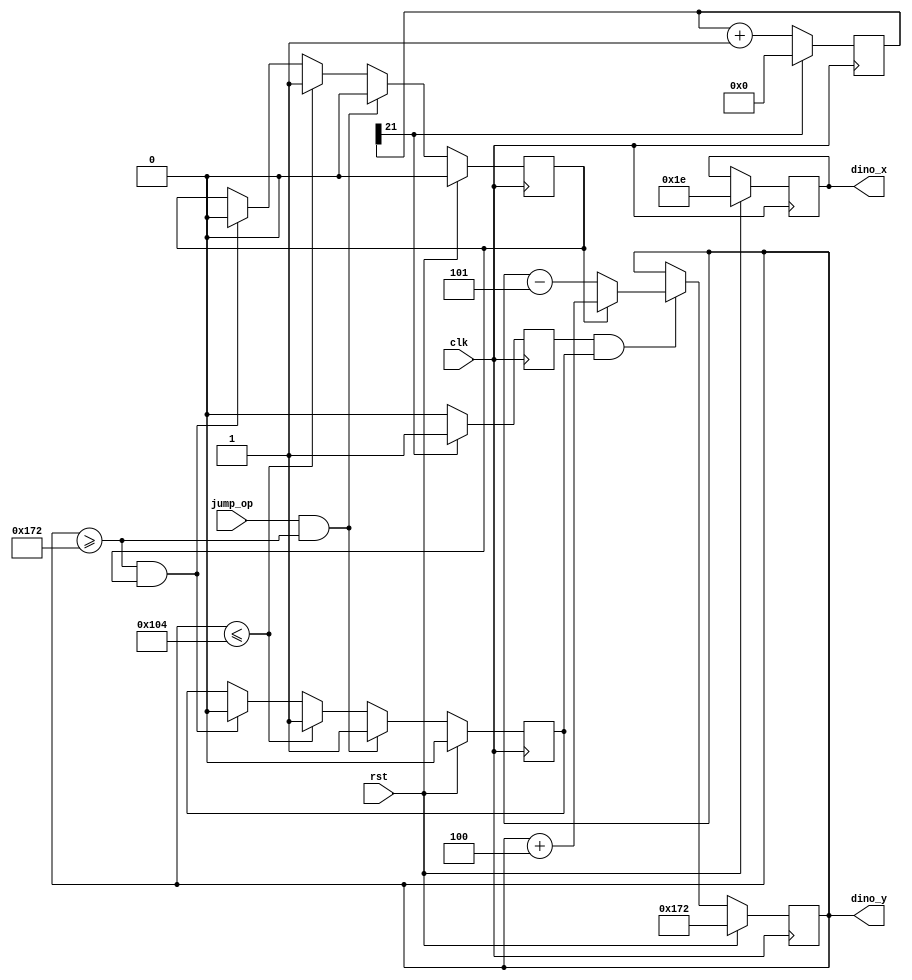
`timescale 1ns / 1ps

module dino (
    input clk,
    input rst,
    input jump_op,
    output reg[9:0]dino_x,
    output reg[9:0]dino_y
    ); 
    parameter minh = 10'd260;
    parameter ground = 10'd370;
    parameter g      = 10'd1;//accelaration
    parameter v_init = 10'd2;
    reg [9:0]next_dino_x,next_dino_y;
    reg [21:0] count;
    reg move;
    reg jump,next_jump;    // whether it's jumping now including falldown
    reg updown,next_updown;

always @(posedge clk) begin
  if(count[21] == 1'b1)begin//update rate of jumping
        move = 1'b1;
        count <= 21'd0;
  end else begin
        move = 1'b0;
        count <= count +1'b1;
  end
end
  
always @(posedge clk)begin
    if(rst)begin
        updown <=  1'b0;
        jump   <=  1'b0;
        dino_x <=  10'd30;
        dino_y <=  ground;
    end else begin
        updown <= next_updown;
        jump   <= next_jump  ;
        dino_x <= next_dino_x;
        dino_y <= next_dino_y;
    end    
end

//dino_x , dino_y calculation
always @(*)begin
    next_dino_x = dino_x;
    if(move == 1'b1 && jump == 1'b1)
        if(updown ==1'b0)
            next_dino_y = dino_y - 10'd5;
        else
            next_dino_y = dino_y + 10'd4;
    else
        next_dino_y = dino_y;
end

//jump calculation

always @(*)begin
    if(jump_op == 1'b1 && dino_y>=ground)begin
        next_jump = 1'b1;
        next_updown = 1'b0;
    end else begin
        if(dino_y <= minh)begin//reach the hightest point
            next_jump  = 1'b1;
            next_updown = 1'b1;        
        end else begin
            if(dino_y >= ground && updown ==1'b1)begin// falling on the ground 
                next_jump  = 1'b0;
                next_updown = 1'b0;
            end else begin//else remain 
                next_jump  = jump;
                next_updown = updown;           
            end
        end
    end
end

endmodule